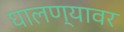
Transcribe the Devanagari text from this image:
घालण्यावर